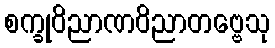
စက္ခုဝိညာဏဝိညာတဗ္ဗေသု